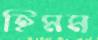
হিমম